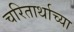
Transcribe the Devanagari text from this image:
चरितार्थाच्या